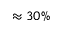
\approx 3 0 \%